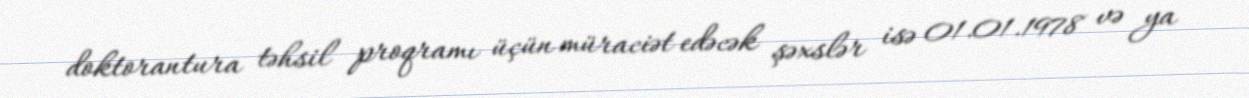
doktorantura təhsil proqramı üçün müraciət edəcək şəxslər isə 01.01.1978 və ya